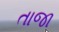
તાજા